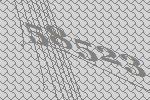
58523